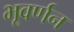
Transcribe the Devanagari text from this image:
भूवर्णन